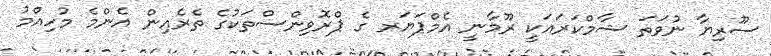
ސޫރިޔާ ނުވަތަ ޝާމްކަރައަކީ ރޫމާނީ އެމްޕަޔަރ ގެ ޕްރޮވިންސްތަކުގެ ތެރެއިން އެންމެ މުހިއްމު